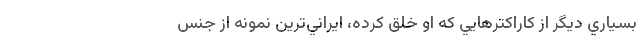
بسياري ديگر از کاراکترهايي که او خلق کرده، ايراني‌ترين نمونه از جنس